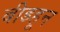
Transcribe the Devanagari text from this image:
बीडहून